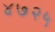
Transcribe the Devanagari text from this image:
४७२५